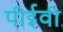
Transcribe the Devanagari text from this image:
पीईवी